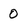
Character: 0